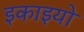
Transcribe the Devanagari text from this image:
इकाइयो